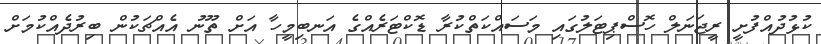
ކުޅުދުއްފުށީ ރީޖަނަލް ހޮސްޕިޓަލުގައި މަސައްކަތްކުރާ ޑޮކްޓަރެއްގެ އަނބިމީހާ އަށް ތޫނު އެއްޗަކުން ބިރުދެއްކުމަށް